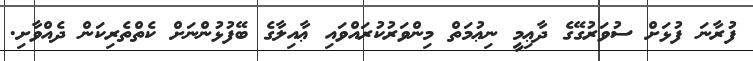
ފުރާނަ ފުޅަށް ސުވަރުގޭގެ ދާޢިމީ ނިޢުމަތް މިންވަރުކުރައްވައި ޢާއިލާގެ ބޭފުޅުންނަށް ކެތްތެރިކަން ދެއްވާށި.